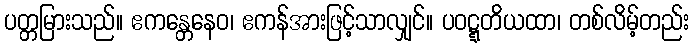
ပတ္တမြားသည်။ ဧကန္တေနေဝ၊ ဧကန်အားဖြင့်သာလျှင်။ ပဝဋ္ဋတိယထာ၊ တစ်လိမ့်တည်း